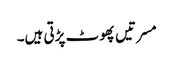
مسرتیں پھوٹ پڑتی ہیں۔